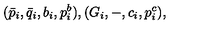
( \bar { p } _ { i } , \bar { q } _ { i } , b _ { i } , p _ { i } ^ { b } ) , ( G _ { i } , - , c _ { i } , p _ { i } ^ { c } ) ,